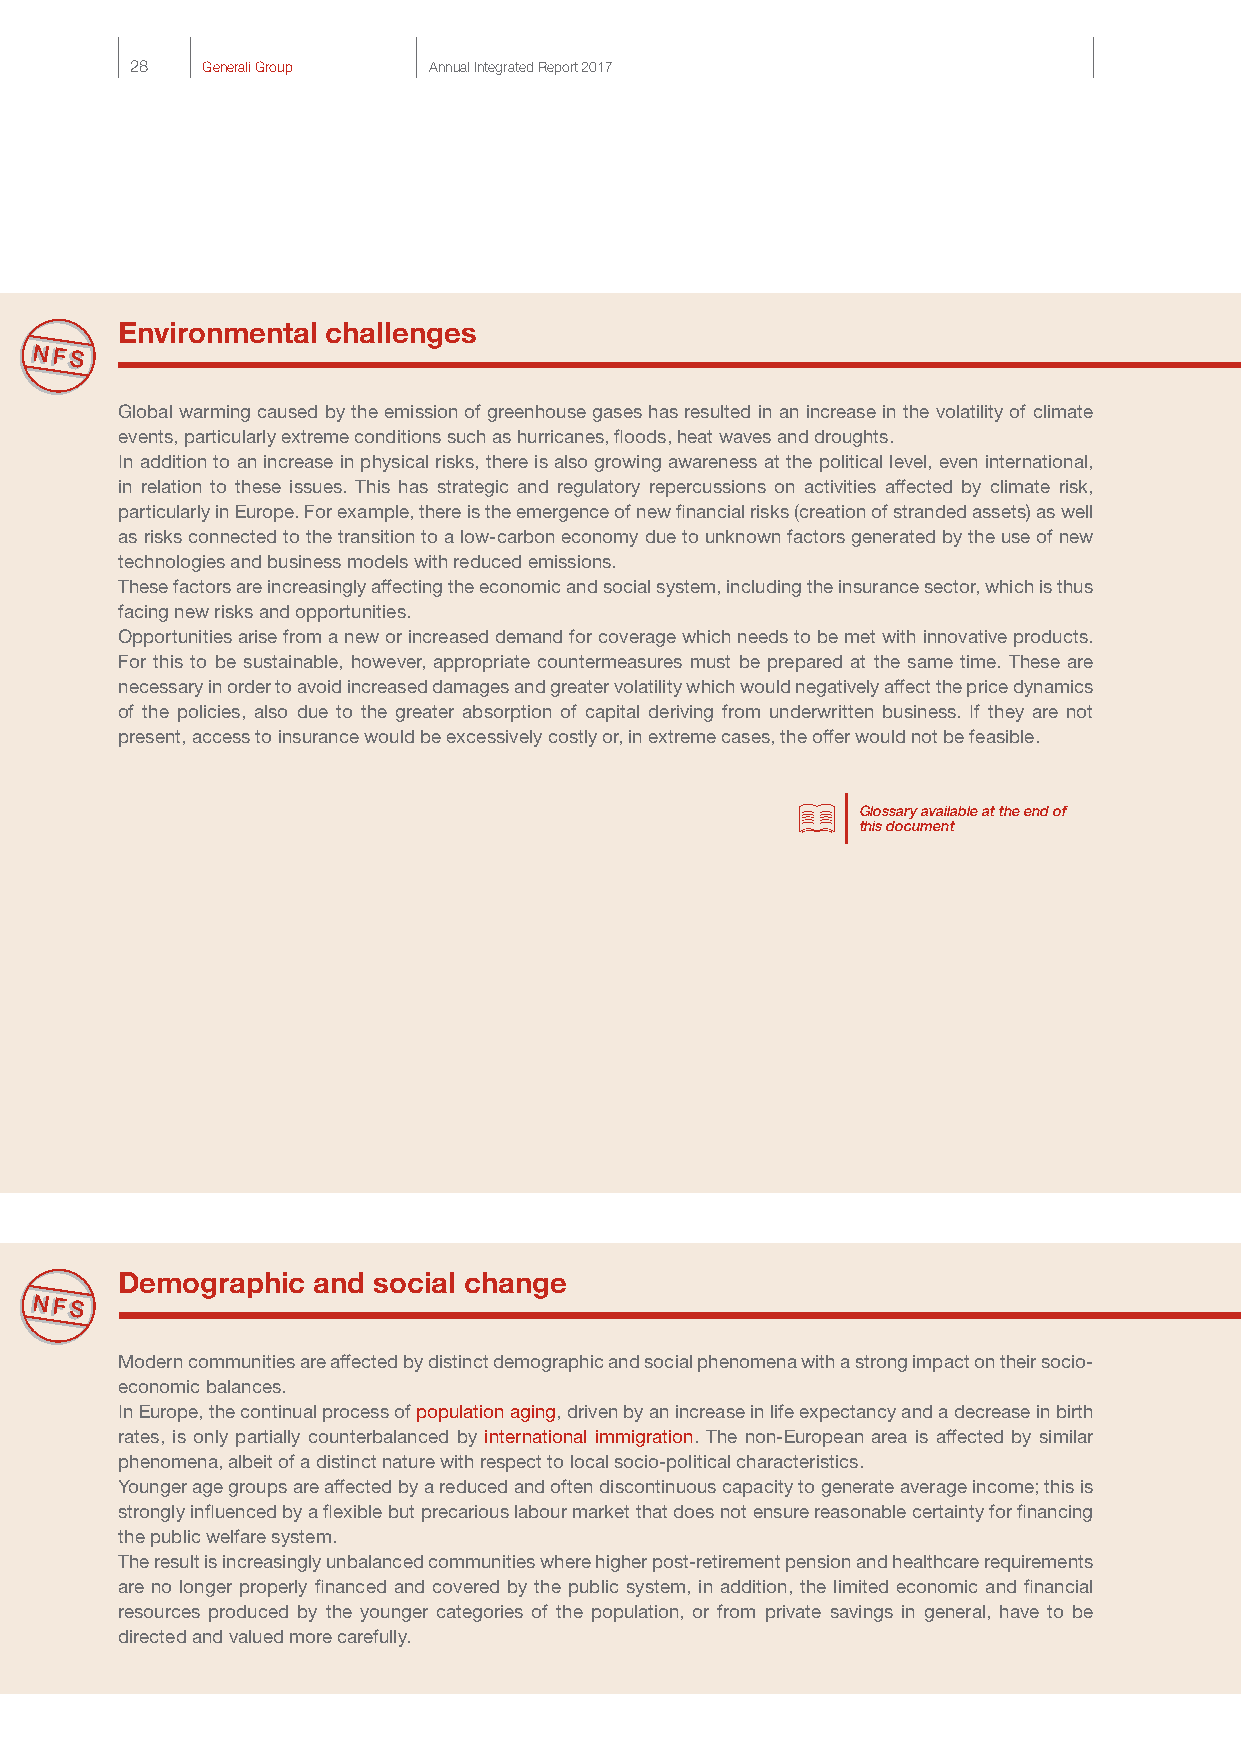
28  Generali Group Annual Integrated Report 2017
 Environmental challenges
 Global warming caused by the emission of greenhouse gases has resulted in an increase in the volatility of climate
 events, particularly extreme conditions such as hurricanes, floods, heat waves and droughts.
 In addition to an increase in physical risks, there is also growing awareness at the political level, even international,
 in relation to these issues. This has strategic and regulatory repercussions on activities affected by climate risk,
 particularly in Europe. For example, there is the emergence of new financial risks (creation of stranded assets) as well
 as risks connected to the transition to a low-carbon economy due to unknown factors generated by the use of new
 technologies and business models with reduced emissions.
 These factors are increasingly affecting the economic and social system, including the insurance sector, which is thus
 facing new risks and opportunities.
 Opportunities arise from a new or increased demand for coverage which needs to be met with innovative products.
 For this to be sustainable, however, appropriate countermeasures must be prepared at the same time. These are
 necessary in order to avoid increased damages and greater volatility which would negatively affect the price dynamics
 of the policies, also due to the greater absorption of capital deriving from underwritten business. If they are not
 present, access to insurance would be excessively costly or, in extreme cases, the offer would not be feasible.
 Glossary available at the end of
 this document
 Demographic  and social change
 Modern communities are affected by distinct demographic and social phenomena with a strong impact on their socio-
 economic balances.
 In Europe, the continual process of population aging, driven by an increase in life expectancy and a decrease in birth
 rates, is only partially counterbalanced by international immigration. The non-European area is affected by similar
 phenomena, albeit of a distinct nature with respect to local socio-political characteristics.
 Younger age groups are affected by a reduced and often discontinuous capacity to generate average income; this is
 strongly influenced by a flexible but precarious labour market that does not ensure reasonable certainty for financing
 the public welfare system.
 The result is increasingly unbalanced communities where higher post-retirement pension and healthcare requirements
 are no longer properly financed and covered by the public system, in addition, the limited economic and financial
 resources produced by the younger categories of the population, or from private savings in general, have to be
 directed and valued more carefully.